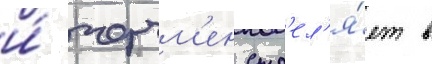
и́ черчм'ен стр'ел'я́ет в